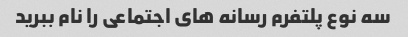
سه نوع پلتفرم رسانه های اجتماعی را نام ببرید